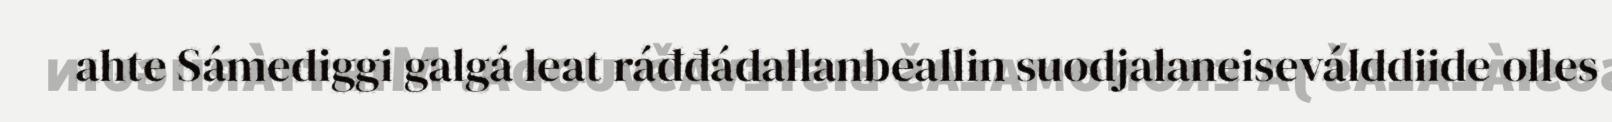
ahte Sámediggi galgá leat ráđđádallanbeallin suodjalaneiseválddiide olles